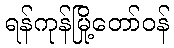
ရန်ကုန်မြို့တော်ဝန်